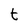
Character: t